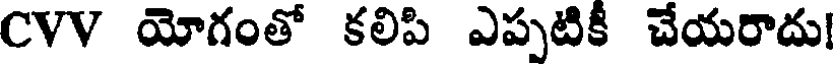
CVV యోగంతో కలిపి ఎప్పటికీ చేయరాదు!